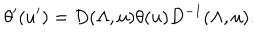
\theta ^ { \prime } ( u ^ { \prime } ) = D ( \Lambda , u ) \theta ( u ) D ^ { - 1 } ( \Lambda , u ) .